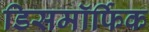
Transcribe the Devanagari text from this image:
डिसमॉर्फिक